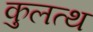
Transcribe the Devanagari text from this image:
कुलत्थ